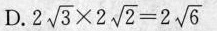
D. $$2 \sqrt { 3 } \times 2 \sqrt { 2 } = 2 \sqrt { 6 }$$